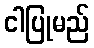
ငါပြုမည်